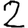
Digit: 2